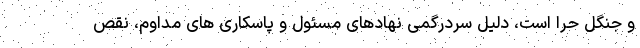
و جنگل حرّا است، دلیل سردرگمی نهادهای مسئول و پاسکاری های مداوم، نقص